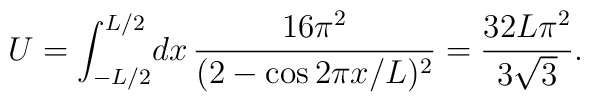
U=\int_{-L/2}^{L/2}\!dx\,\frac{16\pi^2}{(2-\cos 2 \pi x/L)^2}= \frac{32 L \pi^2}{3 \sqrt{3}}.